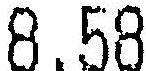
8.58